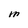
Character: M